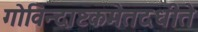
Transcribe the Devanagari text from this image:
गोविन्दाष्टकमेतदधीते